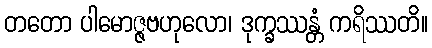
တတော ပါမောဇ္ဇဗဟုလော၊ ဒုက္ခဿန္တံ ကရိဿတိ။